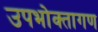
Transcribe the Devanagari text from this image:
उपभोक्‍तागण